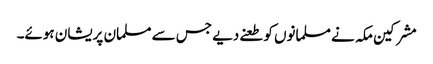
مشرکین مکہ نے مسلمانوں کو طعنے دیے جس سے مسلمان پریشان ہوئے۔